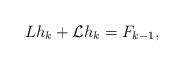
LaTeX: \begin{align*} Lh_k+\mathcal{L}h_k=F_{k-1},\end{align*}